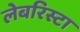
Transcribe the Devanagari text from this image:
लेबरिस्टा